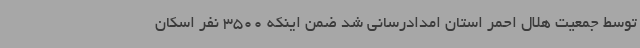
توسط جمعیت هلال احمر استان امدادرسانی شد ضمن اینکه 3500 نفر اسکان